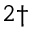
^ { 2 \dagger }